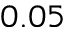
0 . 0 5